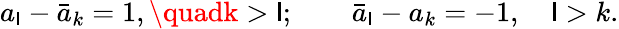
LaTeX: a_{\mathsf{l}}-\bar{{a}}_{k}=1,\quadk>\mathsf{l};\quad\quad\bar{{a}}_{\mathsf{l}}-a_{k}=-1,\quad\mathsf{l}>k.